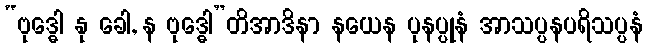
“ဗုဒ္ဓေါ နု ခေါ, န ဗုဒ္ဓေါ”တိအာဒိနာ နယေန ပုနပ္ပုနံ အာသပ္ပနပရိသပ္ပနံ